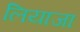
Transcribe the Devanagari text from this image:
लियाजा